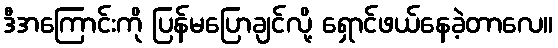
ဒီအကြောင်းကို ပြန်မပြောချင်လို့ ရှောင်ဖယ်နေခဲ့တာလေ။